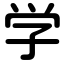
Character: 学